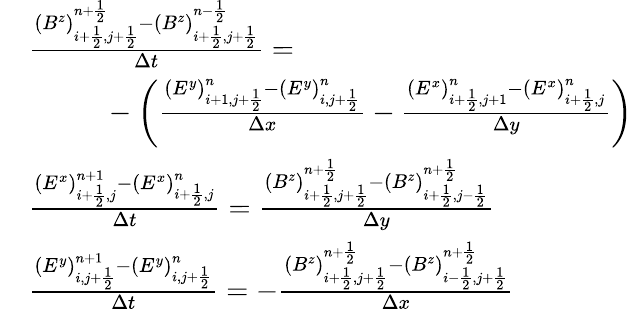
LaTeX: \begin{array}{rl}&{\frac{(B^{z})_{i+\frac 12,j+\frac 12}^{n+\frac 12}-(B^{z})_{i+\frac 12,j+\frac 12}^{n-\frac 12}}{\Delta t}=}\\ &{\phantom{mmm}-\left(\frac{(E^{y})_{i+1,j+\frac 12}^{n}-(E^{y})_{i,j+\frac 12}^{n}}{\Delta x}-\frac{(E^{x})_{i+\frac 12,j+1}^{n}-(E^{x})_{i+\frac 12,j}^{n}}{\Delta y}\right)}\\ &{\frac{(E^{x})_{i+\frac 12,j}^{n+1}-(E^{x})_{i+\frac 12,j}^{n}}{\Delta t}=\frac{(B^{z})_{i+\frac 12,j+\frac 12}^{n+\frac 12}-(B^{z})_{i+\frac 12,j-\frac 12}^{n+\frac 12}}{\Delta y}}\\ &{\frac{(E^{y})_{i,j+\frac 12}^{n+1}-(E^{y})_{i,j+\frac 12}^{n}}{\Delta t}=-\frac{(B^{z})_{i+\frac 12,j+\frac 12}^{n+\frac 12}-(B^{z})_{i-\frac 12,j+\frac 12}^{n+\frac 12}}{\Delta x}}\end{array}